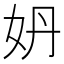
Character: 𡛓